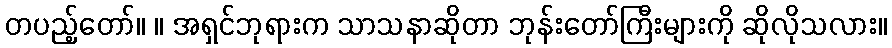
တပည့်တော်။ ။ အရှင်ဘုရားက သာသနာဆိုတာ ဘုန်းတော်ကြီးများကို ဆိုလိုသလား။